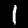
Label: 1